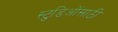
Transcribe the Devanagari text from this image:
स्टुडिओंसाठी